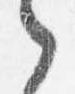
之